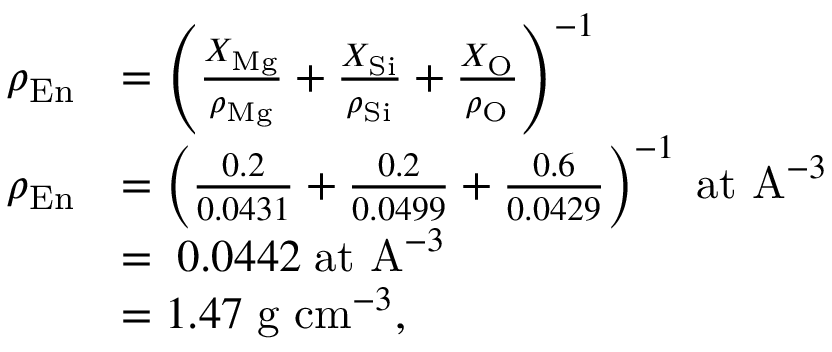
\begin{array} { r l } { \rho _ { \mathrm { E n } } } & { = \left( \frac { X _ { \mathrm { M g } } } { \rho _ { \mathrm { M g } } } + \frac { X _ { \mathrm { S i } } } { \rho _ { \mathrm { S i } } } + \frac { X _ { \mathrm { O } } } { \rho _ { \mathrm { O } } } \right) ^ { - 1 } } \\ { \rho _ { \mathrm { E n } } } & { = \left( \frac { 0 . 2 } { 0 . 0 4 3 1 } + \frac { 0 . 2 } { 0 . 0 4 9 9 } + \frac { 0 . 6 } { 0 . 0 4 2 9 } \right) ^ { - 1 } \; \mathrm { a t ~ A } ^ { - 3 } } \\ & { = \; 0 . 0 4 4 2 \; \mathrm { a t ~ A } ^ { - 3 } } \\ & { = 1 . 4 7 \; \mathrm { g ~ c m } ^ { - 3 } , } \end{array}